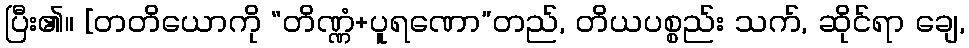
ပြီး၏။ [တတိယောကို “တိဏ္ဏံ+ပူရဏော”တည်, တိယပစ္စည်း သက်, ဆိုင်ရာ ချေ,